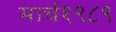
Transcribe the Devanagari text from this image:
मार्च१९८९